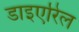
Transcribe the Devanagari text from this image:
डाइएरिल